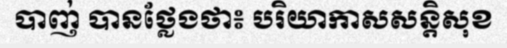
បាញ់ បានថ្លែងថា៖ បរិយាកាសសន្តិសុខ